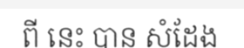
ពី នេះ បាន សំដែង